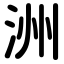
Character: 洲